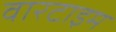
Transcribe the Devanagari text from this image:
वारटाइम